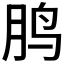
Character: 𱉒